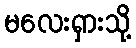
မလေးရှားသို့